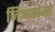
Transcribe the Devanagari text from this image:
जिअकोमो